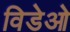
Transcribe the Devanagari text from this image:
विडेओ